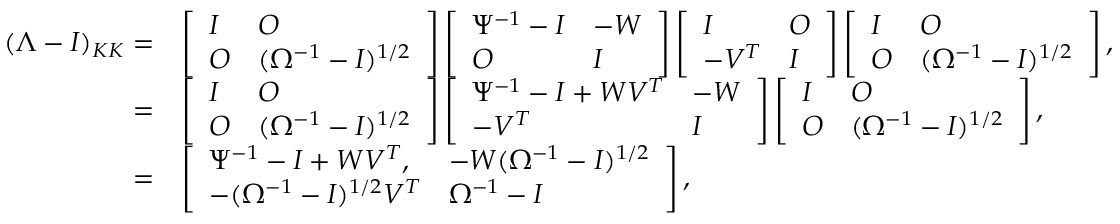
\begin{array} { r l } { ( \Lambda - I ) _ { K K } = } & { \left[ \begin{array} { l l } { I } & { O } \\ { O } & { ( \Omega ^ { - 1 } - I ) ^ { 1 / 2 } } \end{array} \right] \left[ \begin{array} { l l } { \Psi ^ { - 1 } - I } & { - W } \\ { O } & { I } \end{array} \right] \left[ \begin{array} { l l } { I } & { O } \\ { - V ^ { T } } & { I } \end{array} \right] \left[ \begin{array} { l l } { I } & { O } \\ { O } & { ( \Omega ^ { - 1 } - I ) ^ { 1 / 2 } } \end{array} \right] , } \\ { = } & { \left[ \begin{array} { l l } { I } & { O } \\ { O } & { ( \Omega ^ { - 1 } - I ) ^ { 1 / 2 } } \end{array} \right] \left[ \begin{array} { l l } { \Psi ^ { - 1 } - I + W V ^ { T } } & { - W } \\ { - V ^ { T } } & { I } \end{array} \right] \left[ \begin{array} { l l } { I } & { O } \\ { O } & { ( \Omega ^ { - 1 } - I ) ^ { 1 / 2 } } \end{array} \right] , } \\ { = } & { \left[ \begin{array} { l l } { \Psi ^ { - 1 } - I + W V ^ { T } , } & { - W ( \Omega ^ { - 1 } - I ) ^ { 1 / 2 } } \\ { - ( \Omega ^ { - 1 } - I ) ^ { 1 / 2 } V ^ { T } } & { \Omega ^ { - 1 } - I } \end{array} \right] , } \end{array}